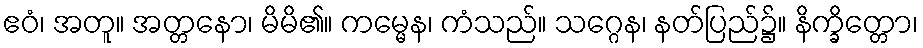
ဧဝံ၊ အတူ။ အတ္တနော၊ မိမိ၏။ ကမ္မေန၊ ကံသည်။ သဂ္ဂေန၊ နတ်ပြည်၌။ နိက္ခိတ္တော၊